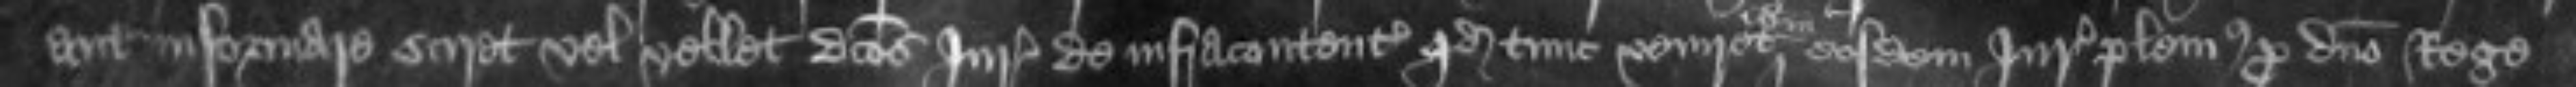
aut informare sciret vel vellet dictos Juratores de infracontentis quod tune veniret eosdem Juratores plenius pro domino Rege